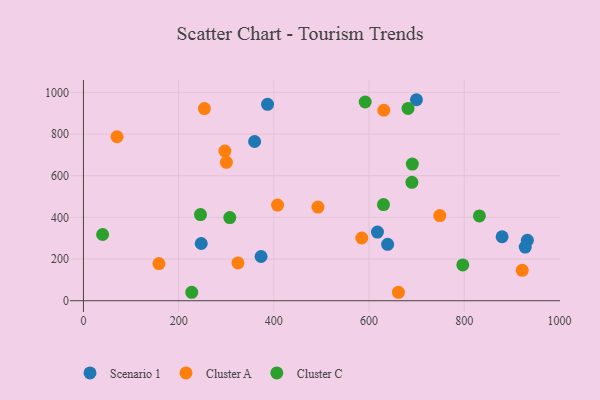
{"axis": {"x": "Ad Spend", "y": "Rating"}, "legend": ["Cluster A", "Cluster C", "Scenario 1"], "data": [{"x": "879.6", "y": 307.0, "type": "Scenario 1"}, {"x": "373.2", "y": 212.2, "type": "Scenario 1"}, {"x": "932.7", "y": 290.2, "type": "Scenario 1"}, {"x": "247.5", "y": 274.7, "type": "Scenario 1"}, {"x": "386.8", "y": 942.3, "type": "Scenario 1"}, {"x": "928.2", "y": 257.6, "type": "Scenario 1"}, {"x": "639.1", "y": 270.7, "type": "Scenario 1"}, {"x": "699.6", "y": 964.6, "type": "Scenario 1"}, {"x": "359.6", "y": 764.2, "type": "Scenario 1"}, {"x": "617.7", "y": 329.3, "type": "Scenario 1"}, {"x": "492.7", "y": 449.3, "type": "Cluster A"}, {"x": "748.7", "y": 408.6, "type": "Cluster A"}, {"x": "324.6", "y": 181.4, "type": "Cluster A"}, {"x": "70.5", "y": 786.9, "type": "Cluster A"}, {"x": "300.4", "y": 664.3, "type": "Cluster A"}, {"x": "631.1", "y": 914.2, "type": "Cluster A"}, {"x": "921.9", "y": 146.0, "type": "Cluster A"}, {"x": "584.7", "y": 301.0, "type": "Cluster A"}, {"x": "297.2", "y": 718.5, "type": "Cluster A"}, {"x": "254.1", "y": 922.3, "type": "Cluster A"}, {"x": "407.8", "y": 459.2, "type": "Cluster A"}, {"x": "158.6", "y": 178.2, "type": "Cluster A"}, {"x": "661.8", "y": 40.6, "type": "Cluster A"}, {"x": "630.4", "y": 461.5, "type": "Cluster C"}, {"x": "227.5", "y": 40.6, "type": "Cluster C"}, {"x": "691.0", "y": 655.6, "type": "Cluster C"}, {"x": "307.5", "y": 399.2, "type": "Cluster C"}, {"x": "592.0", "y": 953.8, "type": "Cluster C"}, {"x": "40.3", "y": 317.9, "type": "Cluster C"}, {"x": "245.9", "y": 413.7, "type": "Cluster C"}, {"x": "682.0", "y": 922.9, "type": "Cluster C"}, {"x": "690.1", "y": 568.4, "type": "Cluster C"}, {"x": "831.9", "y": 407.1, "type": "Cluster C"}, {"x": "797.0", "y": 171.9, "type": "Cluster C"}]}